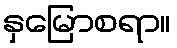
နှမြောစရာ။